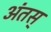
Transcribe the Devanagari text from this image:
अंतस्‌